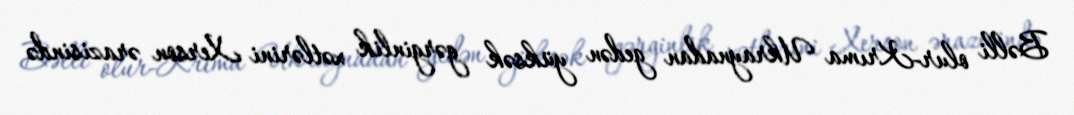
Bəlli olur-Krıma Ukraynadan gedən yüksək gərginlik xətlərini Xerson ərazisində